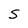
Character: S